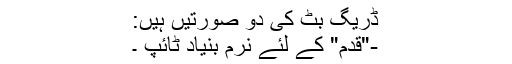
ڈریگ بٹ کی دو صورتیں ہیں:
-"قدم" کے لئے نرم بنیاد ٹائپ ۔